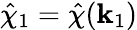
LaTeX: \hat{\chi}_{1}=\hat{\chi}(\mathbf{k}_{1})